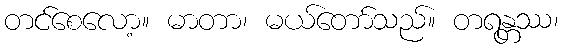
တင်စေလော့။ မာတာ၊ မယ်တော်သည်။ တရန္တဿ၊